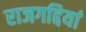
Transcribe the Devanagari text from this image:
राजगद्दियां